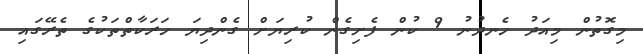
މިގޮތުން މިއަދުު ހެނދުނު 9 ކުން ފެށިގެން ކުރިޔަށް ގެންދިޔަ ހަރަކާތްތަކުގެ ތެރޭގައި